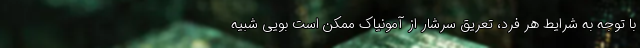
با توجه به شرایط هر فرد، تعریق سرشار از آمونیاک ممکن است بویی شبیه